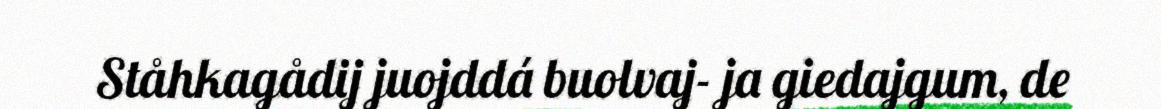
Ståhkagådij juojddá buolvaj- ja giedajgum, de